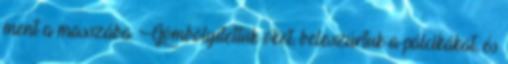
ment a masszába. Gömbölyítettük őket, beleszúrtuk a pálcikákat, és